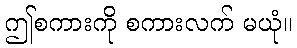
ဤစကားကို စကားလက် မယုံ။